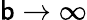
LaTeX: \mathsf{b}\to\infty